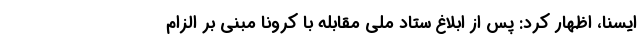
ایسنا، اظهار کرد: پس از ابلاغ ستاد ملی مقابله با کرونا مبنی بر الزام